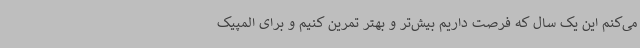
می‌کنم این یک سال که فرصت داریم بیش‌تر و بهتر تمرین کنیم و برای المپیک